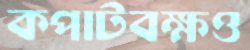
কপাটবক্ষও